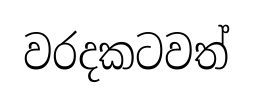
වරදකටවත්